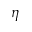
\eta